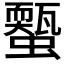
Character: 𧓐